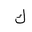
Letter: _kaf